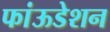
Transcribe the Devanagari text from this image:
फांऊडेशन